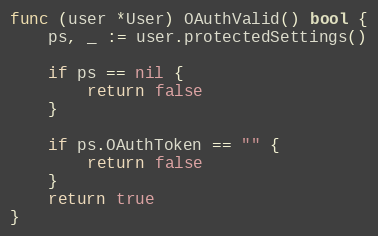
Language: Go
func (user *User) OAuthValid() bool {
	ps, _ := user.protectedSettings()

	if ps == nil {
		return false
	}

	if ps.OAuthToken == "" {
		return false
	}
	return true
}